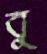
বু